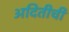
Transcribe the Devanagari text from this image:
अदितीची